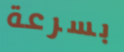
بسرعة